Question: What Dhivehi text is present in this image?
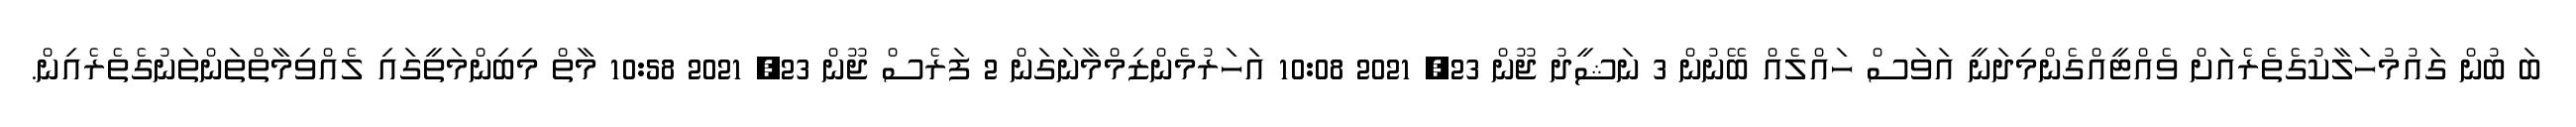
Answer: ބަ ބުން ގައުމުހަލާކުގެތެރެއަށް ވެއްޓީއްގެންމިދަނީ އަވަސް ހައްލެއް ބޭނުން 3 ނަޝީދު ޖޫން 23, 2021 10:08 އަހަރުމެންޒިމްމާނަގަން 2 ފަރެސް ޖޫން 23, 2021 10:58 މާތް މިބިންމަތީގައި ލެއްވިމާތްތަންތަނުގެތެރެއިން.